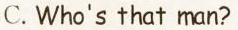
C. Who's that man?